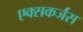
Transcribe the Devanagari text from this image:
एक्सकर्जंस